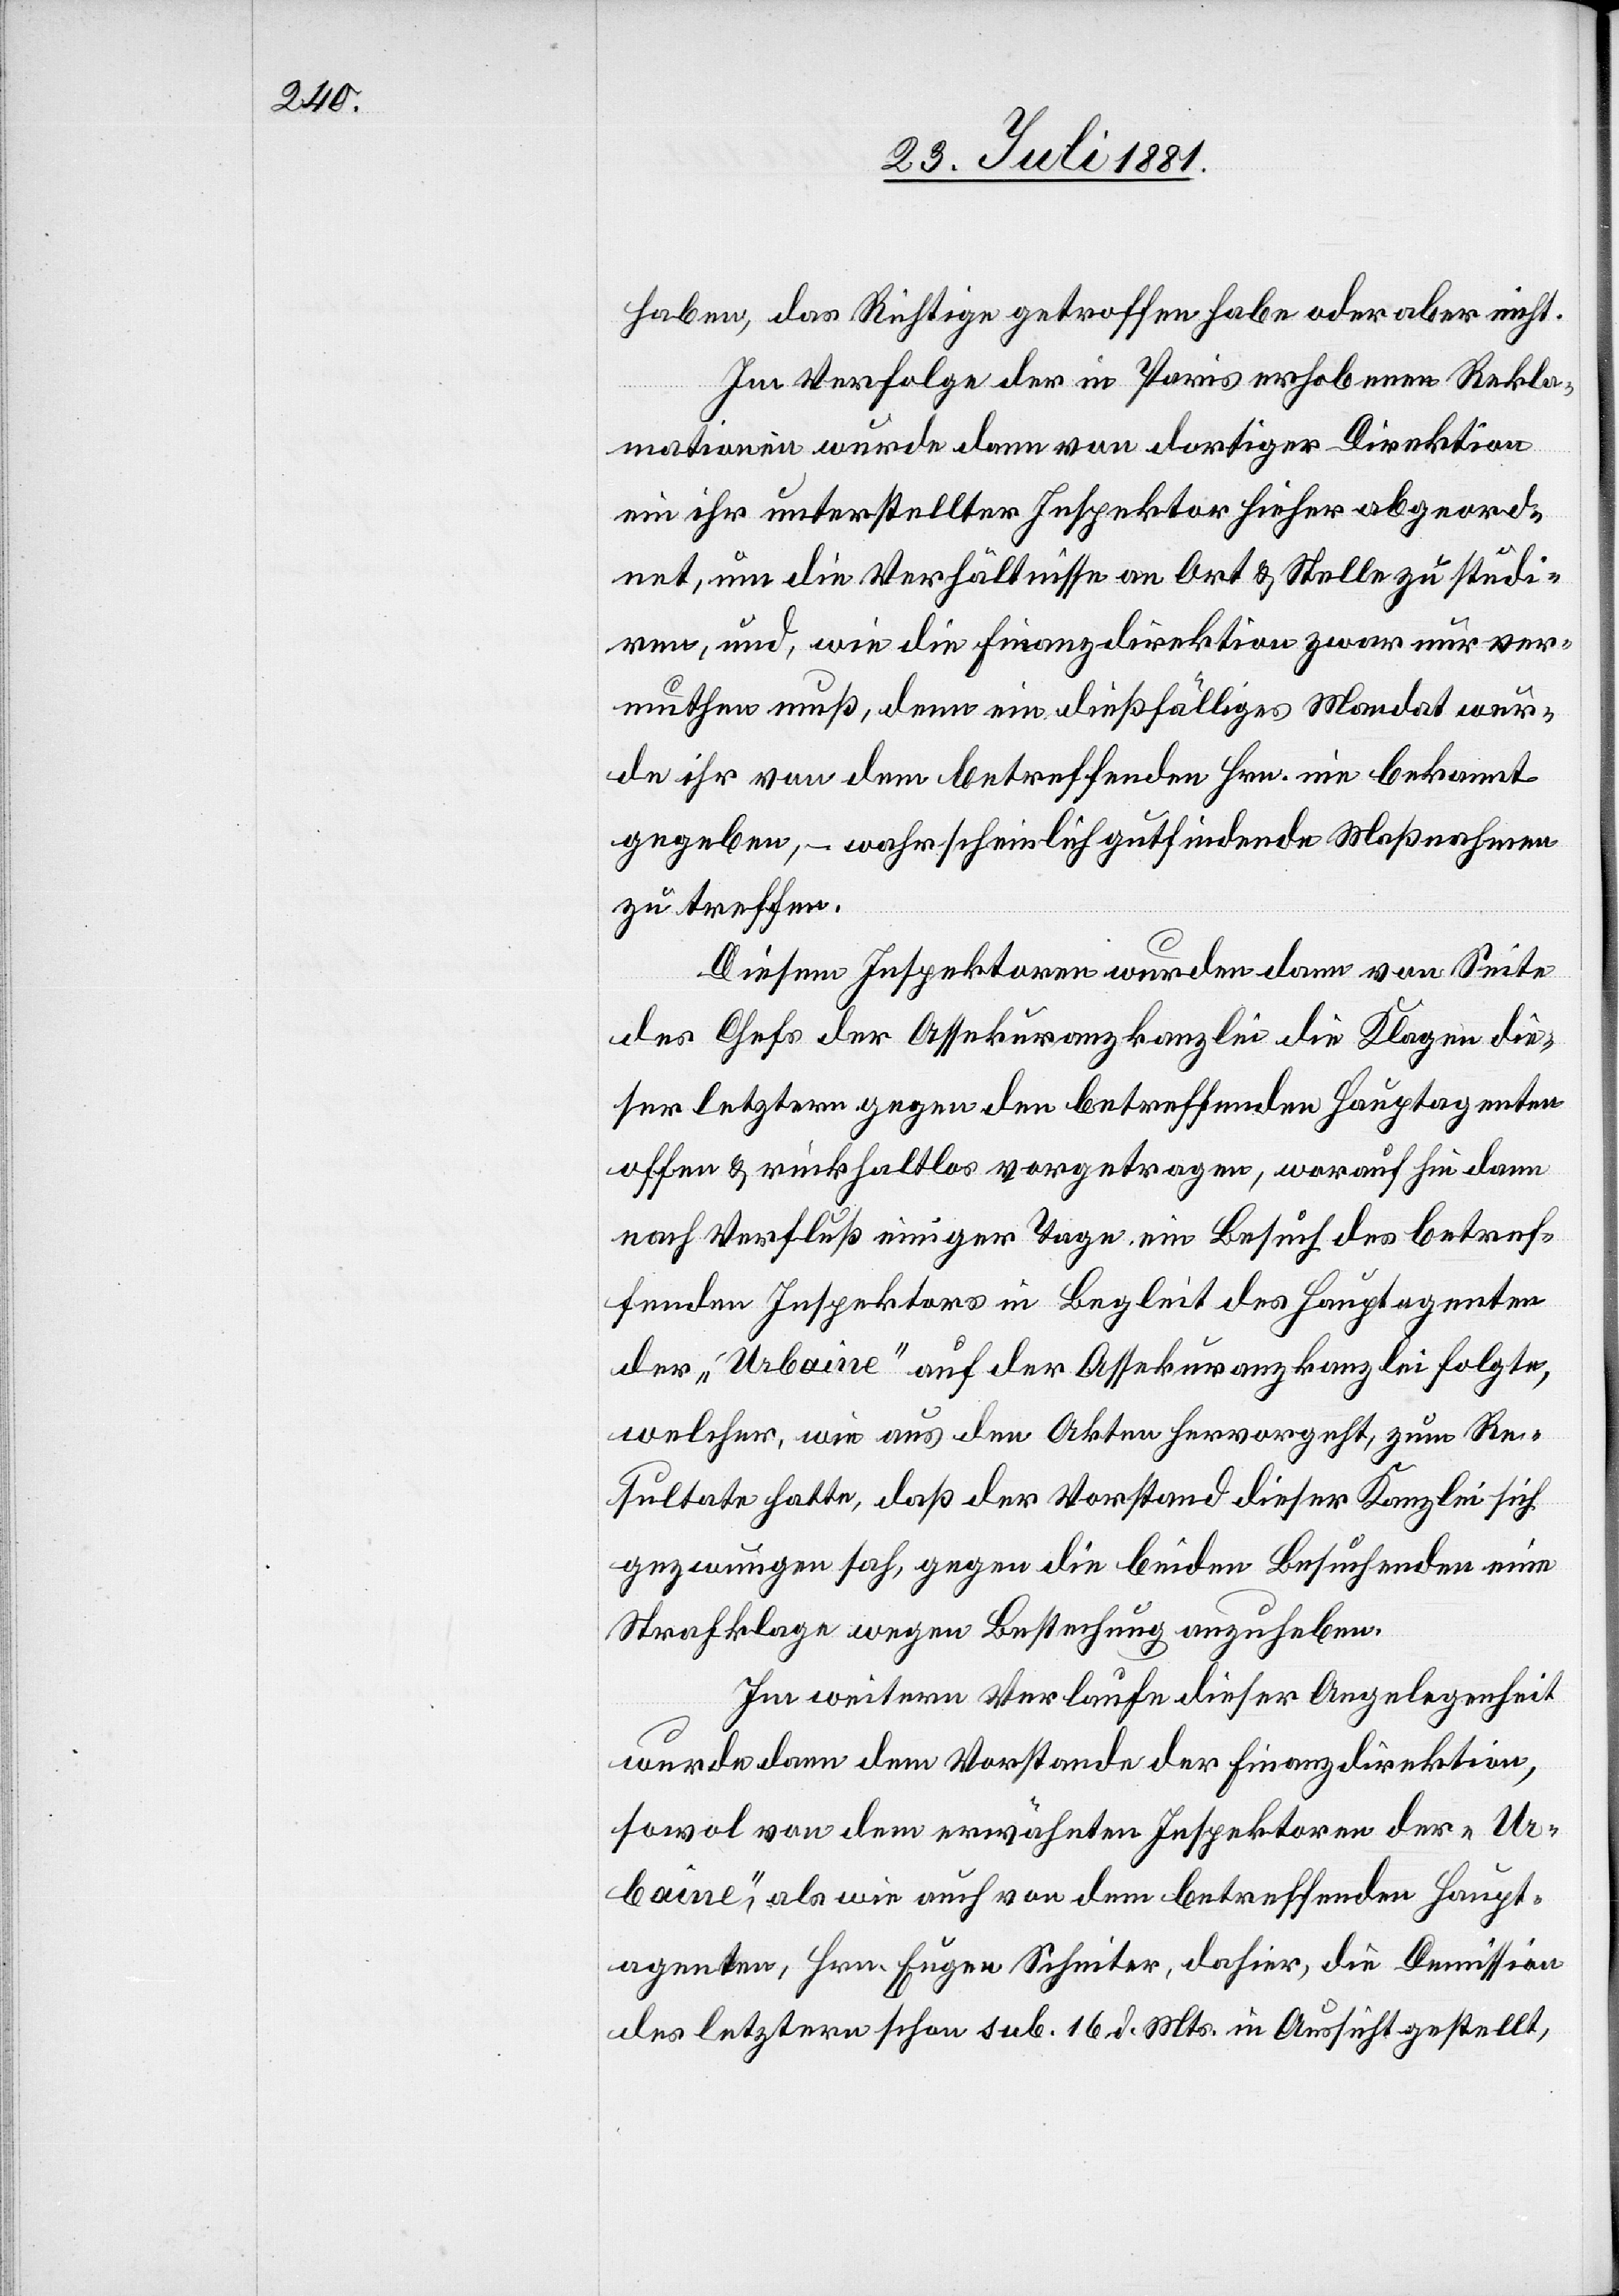
haben, das Richtige getroffen habe oder aber nicht.
Im Verfolge der in Paris erhobenen Rekla¬
mation wurde dann von dortiger Direktion
ein ihr unterstellter Inspektor hieher abgeord¬
net, um die Verhältnisse an Ort & Stelle zu studi¬
ren, und, wie die Finanzdirektion zwar nur ver¬
muthen muß, denn ein dießfälliges Mandat wur¬
de ihr von dem betreffenden Hrn. nie bekannt
gegeben, wahrscheinlich gutfindende Maßnahmen
zu treffen.
Diesem Inspektoren wurden dann von Seite
des Chefs der Assekuranzkanzlei die Klagen die¬
ser letztern gegen den betreffenden Hauptagenten
offen & rückhaltlos vorgetragen, woraufhin dann
nach Verfluß einiger Tage ein Besuch des betref¬
fenden Inspektors in Begleit des Hauptagenten
der „Urbaine“ auf der Assekuranzkanzlei folgte,
welcher, wie aus den Akten hervorgeht, zum Re¬
sultate hatte, daß der Vorstand dieser Kanzlei sich
gezwungen sah, gegen die beiden Besuchenden eine
Strafklage wegen Bestechung auszuheben.
Im weitern Verlaufe dieser Angelegenheit
wurde dann dem Vorstande der Finanzdirektion,
sowol von dem erwähnten Inspektoren der „Ur¬
baine“, als wie auch von dem betreffenden Haupt¬
agenten, Hrn. Eugen Scheiter, dahier, die Demission
des letztern schon sub. 16. d. Mts. in Aussicht gestellt,